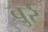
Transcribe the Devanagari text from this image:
बुर्र